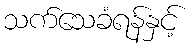
သက်သေခံရန်နှင့်